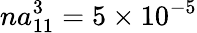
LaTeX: na_{11}^{3}=5\times 10^{-5}